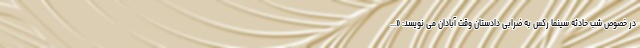
در خصوص شب حادثه سینما رکس به ضرابی دادستان وقت آبادان می نویسد: «...